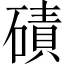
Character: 磧